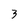
Character: 3